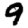
Digit: 9